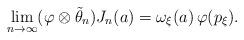
LaTeX: \begin{align*}\lim_{n\to\infty} (\varphi \otimes \tilde{\theta}_n) J_n(a)= \omega_\xi(a) \,\varphi(p_\xi).\end{align*}